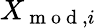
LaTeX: X_{\mathrm{~m~o~d~},i}